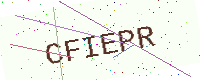
Text: CFIEPR